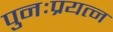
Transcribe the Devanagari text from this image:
पुनःप्रयत्न